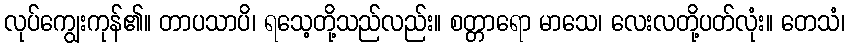
လုပ်ကျွေးကုန်၏။ တာပသာပိ၊ ရသေ့တို့သည်လည်း။ စတ္တာရော မာသေ၊ လေးလတို့ပတ်လုံး။ တေသံ၊